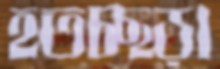
হতচ্ছড়া